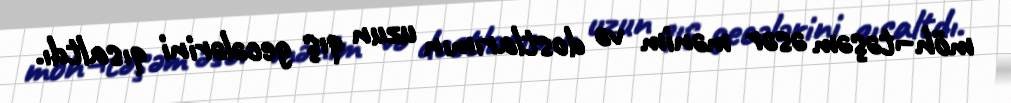
möh¬təşəm əsər mənim və dostlarımın uzun qış gecələrini qısaltdı.